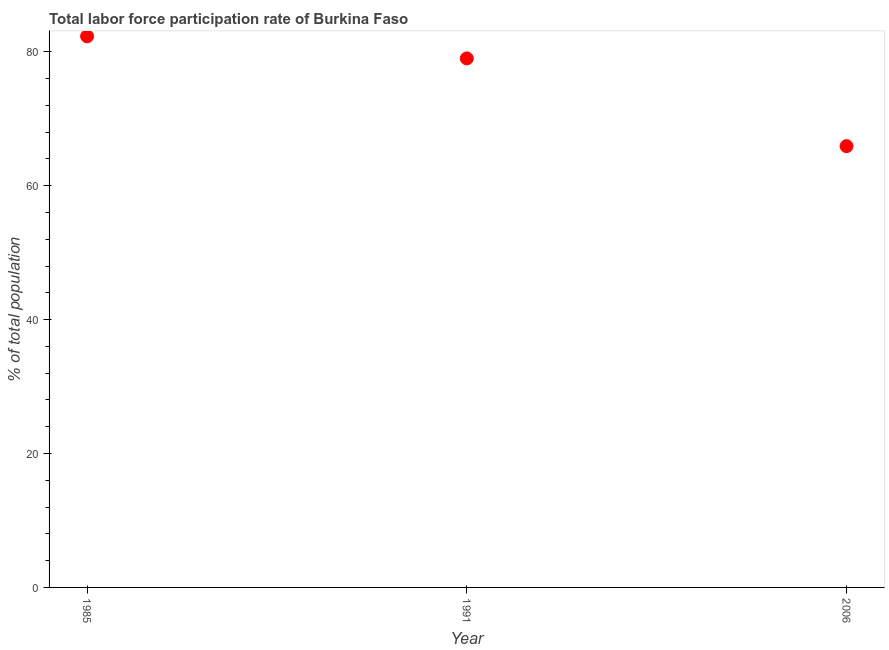
| Year | Labor force participation rate for ages 15-24 total |
 | --- | --- |
 | 1985 | 82.3 |
 | 1991 | 79 |
 | 2006 | 65.9 |